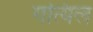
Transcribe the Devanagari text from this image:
गत्यिल